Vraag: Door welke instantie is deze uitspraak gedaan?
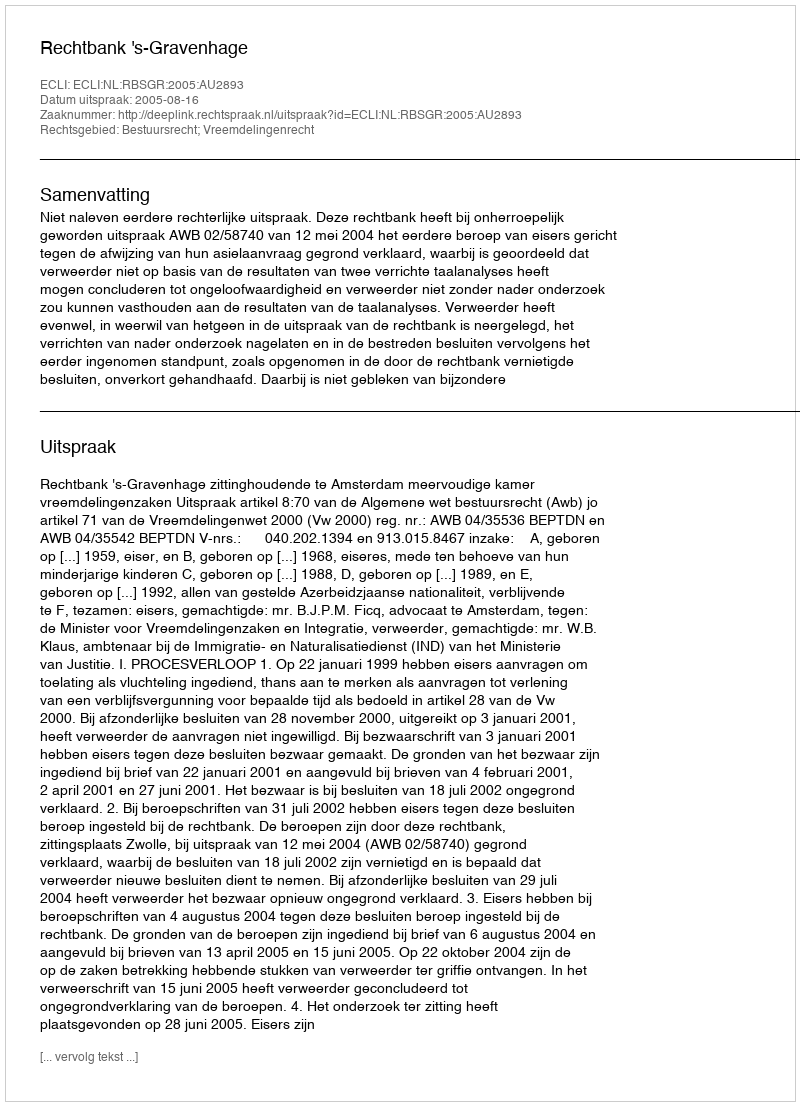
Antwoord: Rechtbank 's-Gravenhage